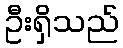
ဦးရှိသည်